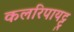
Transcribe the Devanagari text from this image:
कलरिपायट्टु